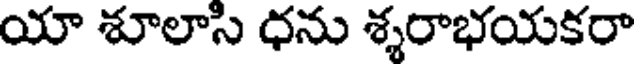
యా శూలాసి ధను శ్శరాభయకరా